Report on sanitation, dispensaries, and jails in Rajputana for 1918, and on vaccination for the year 1918-1919 - 1918-1919
Year: 1918
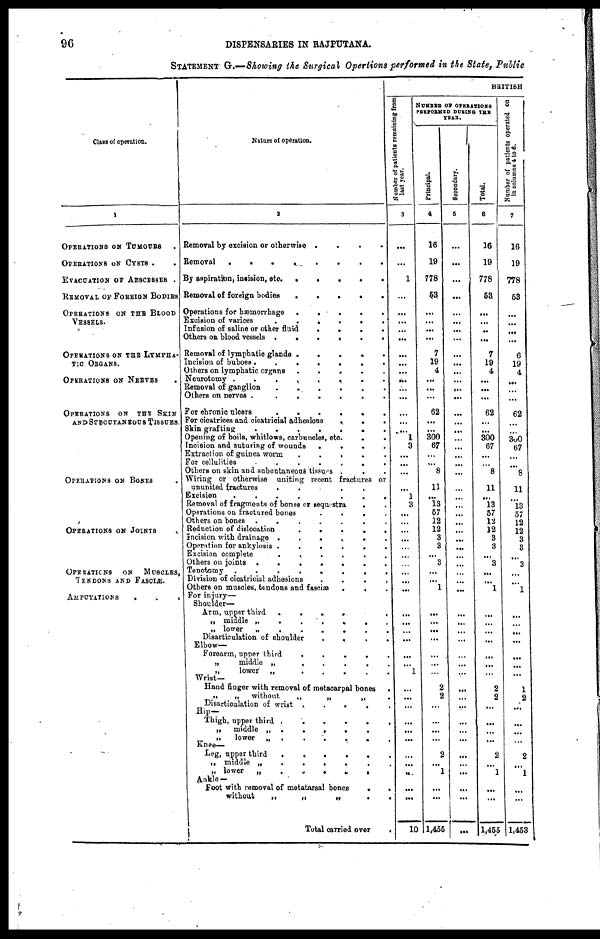
96
DISPENSARIES IN RAJPUTANA.
STATEMENT G.—Showing the Surgical Opertions performed in the State, Public
Class of operation.
1
OPERATIONS ON TUMOURS .
OPERATIONS ON CYSTS . .
EVACUATION OF ABSCESSES .
REMOVAL OF FOREIGN BODIES
OPERATIONS ON THE BLOOD
VESSELS.
OPERATIONS ON THE LYMPHA-
TIC ORGANS.
OPERATIONS ON NERVES .
OPERATIONS ON THE SKIN
AND SUBCUTANEOUS TISSUES.
OPERATIONS ON BONES .
OPERATIONS ON JOINTS .
OPERATIONS
ON
MUSCLES,
TENDONS AND FASCIÆ.
AMPUTATIONS
. . .
Nature of operation.
2
Removal by excision or otherwise .
.
.
.
Removal
.
.
.
.
.
.
.
.
By aspiration, incision, etc.
.
.
.
.
.
Removal of foreign bodies
Operations for hæmorrhage .
.
. . .
Excision of varices
.
.
.
.
.
.
Infusion of saline or other
fluid
.
.
.
.
Others on blood vessels .
.
.
.
.
.
Removal of lymphatic glands .
.
.
.
.
Incision of buboes .
.
.
.
.
.
.
Others on lymphatic organs .
.
.
.
.
Neurotomy .
.
.
.
.
.
.
.
Removal of ganglion
. . . . . .
Others on nerves .
.
.
.
Fox chronic ulcers
For cicatrices and cicatricial adhesions
.
.
.
Skin grafting
.
.
.
.
.
.
.
Opening of boils, whitlows, carbuncles, etc.
.
.
Incision and suturing of wounds .
.
.
.
Extraction of guinea worm . . . . .
For cellulites
.
. . . . . .
Others on skin and subcutaneous tissues . . .
Wiring or otherwise uniting recent fractures or
ununited fractures
.
.
.
.
Excision
.
.
.
.
.
.
.
Removal of fragments of bones or sequestra
. .
Operations on fractured bones
.
.
.
.
Others on bones .
.
.
.
.
.
.
Reduction of dislocation
.
.
.
.
.
Incision with drainage .
.
.
.
.
.
Operation for ankylosis .
.
.
.
.
.
Excision complete
.
.
.
.
.
.
Others on joints .
.
.
.
.
.
.
Tenotomy .
.
.
.
.
.
.
.
Division of cicatricial adhesions
.
.
.
.
Others on muscles, tendons and fasciæ .
. .
For injury—
Shoulder—
Arm, upper third
.
.
. . .
„ middle „
.
.
.
. . .
„ lower „
Disarticulation of shoulder
.
.
.
.
Elbow—
Forearm, upper third
.
.
.
.
.
„
middle „
.
.
.
.
.
„
lower „
Wrist—
Hand finger with removal of metacarpal bones .
„
„ without
„
„
„ .
Disarticulation of wrist .
.
.
.
.
Hip—
Thigh, upper third .
.
.
.
.
.
„
middle „ .
.
.
.
.
„
lower „ .
.
.
.
.
.
Knee—
Leg, upper third
„ middle „
.
.
.
.
.
„ lower
„
.
.
.
.
.
Ankle —
Foot with removal of metatarsal bones
.
.
without
„
„
„
.
.
Total carried over
.
BRITISH
Number
of patients remaining from
last year.
3
...
...
1
...
...
...
...
...
...
...
...
...
...
...
...
...
...
1
3
...
...
...
...
1
3
...
...
...
...
...
...
...
...
...
...
...
...
...
...
...
...
1
...
...
...
...
...
...
...
...
...
...
...
10
NUMBER OF OPERATIONS
PERFORMED DURING THE
YEAR.
Principal.
4
16
19
778
53
...
...
...
...
7
19
4
...
...
...
62
...
...
300
67
...
...
8
11
...
13
57
12
12
3
3
...
3
...
...
1
...
...
...
...
...
...
...
2
2
...
...
...
...
2
...
1
...
...
1,455
Secondary.
5
...
...
...
...
...
...
...
...
...
...
...
...
...
...
...
...
...
...
...
...
...
...
...
...
...
...
...
...
...
...
...
...
...
...
...
...
...
...
...
...
...
...
...
...
...
...
...
...
...
...
...
...
...
...
Total.
6
16
19
778
53
...
...
...
...
7
19
4
...
...
...
62
...
...
300
67
...
...
8
11
...
13
57
12
12
3
3
...
3
...
...
1
...
...
...
...
...
...
...
2
2
...
...
...
...
2
...
1
...
...
1,455
Number of patients operated on
in columns 4 to 6.
7
16
19
778
53
...
...
...
...
6
19
4
...
...
...
62
...
...
300
67
...
...
8
11
...
13 57
12
12
3
3
...
3
...
...
1
...
...
...
...
...
...
...
1
2
...
...
...
...
2
...
1
...
...
1,453